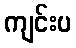
ကျင်းပ